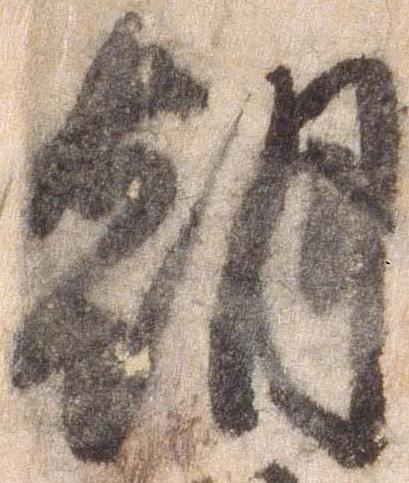
朝